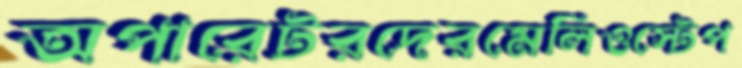
অপারেটরদেরমেলিওস্টেপ